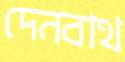
দেনবাথ